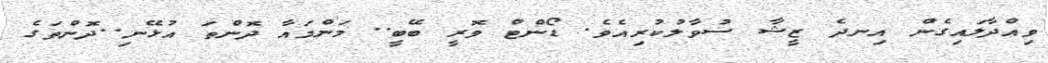
ވިއްދާލައިގެން އިނދެ ޒީޝާ ސުވާލުކުރިއެވެ. ޑޯންޓް ވޮރީ ބޭބީ.. މަންމައާ ދޮންތަ އުޅޭނި..ދޮންތަގެ